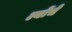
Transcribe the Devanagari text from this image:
ल्योंचे